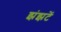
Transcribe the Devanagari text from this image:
झंझटें